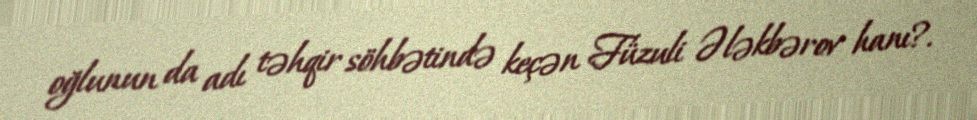
oğlunun da adı təhqir söhbətində keçən Füzuli Ələkbərov hanı?.